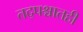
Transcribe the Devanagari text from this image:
तद्पश्चातही